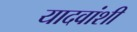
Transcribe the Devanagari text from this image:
यादवांशी